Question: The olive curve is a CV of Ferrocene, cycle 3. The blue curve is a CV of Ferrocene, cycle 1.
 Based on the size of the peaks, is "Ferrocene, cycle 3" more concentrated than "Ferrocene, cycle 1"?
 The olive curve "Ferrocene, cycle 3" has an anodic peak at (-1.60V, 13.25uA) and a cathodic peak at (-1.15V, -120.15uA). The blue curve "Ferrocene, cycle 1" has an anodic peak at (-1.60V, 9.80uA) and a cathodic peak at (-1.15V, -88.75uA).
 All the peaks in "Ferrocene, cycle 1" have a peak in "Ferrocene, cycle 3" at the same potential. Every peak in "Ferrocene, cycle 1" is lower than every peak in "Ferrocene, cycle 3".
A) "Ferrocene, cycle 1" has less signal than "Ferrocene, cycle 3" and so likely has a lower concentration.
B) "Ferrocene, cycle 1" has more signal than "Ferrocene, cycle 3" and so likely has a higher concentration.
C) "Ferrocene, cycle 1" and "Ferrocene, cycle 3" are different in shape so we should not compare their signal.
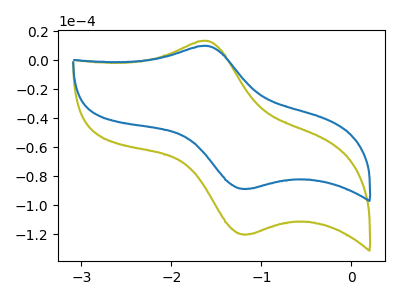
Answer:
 <answer>A) "Ferrocene, cycle 1" has less signal than "Ferrocene, cycle 3" and so likely has a lower concentration.</answer>
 <eval>A</eval>